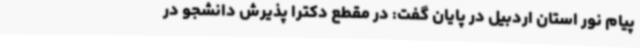
پیام نور استان اردبیل در پایان گفت: در مقطع دکترا پذیرش دانشجو در